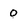
Character: 0